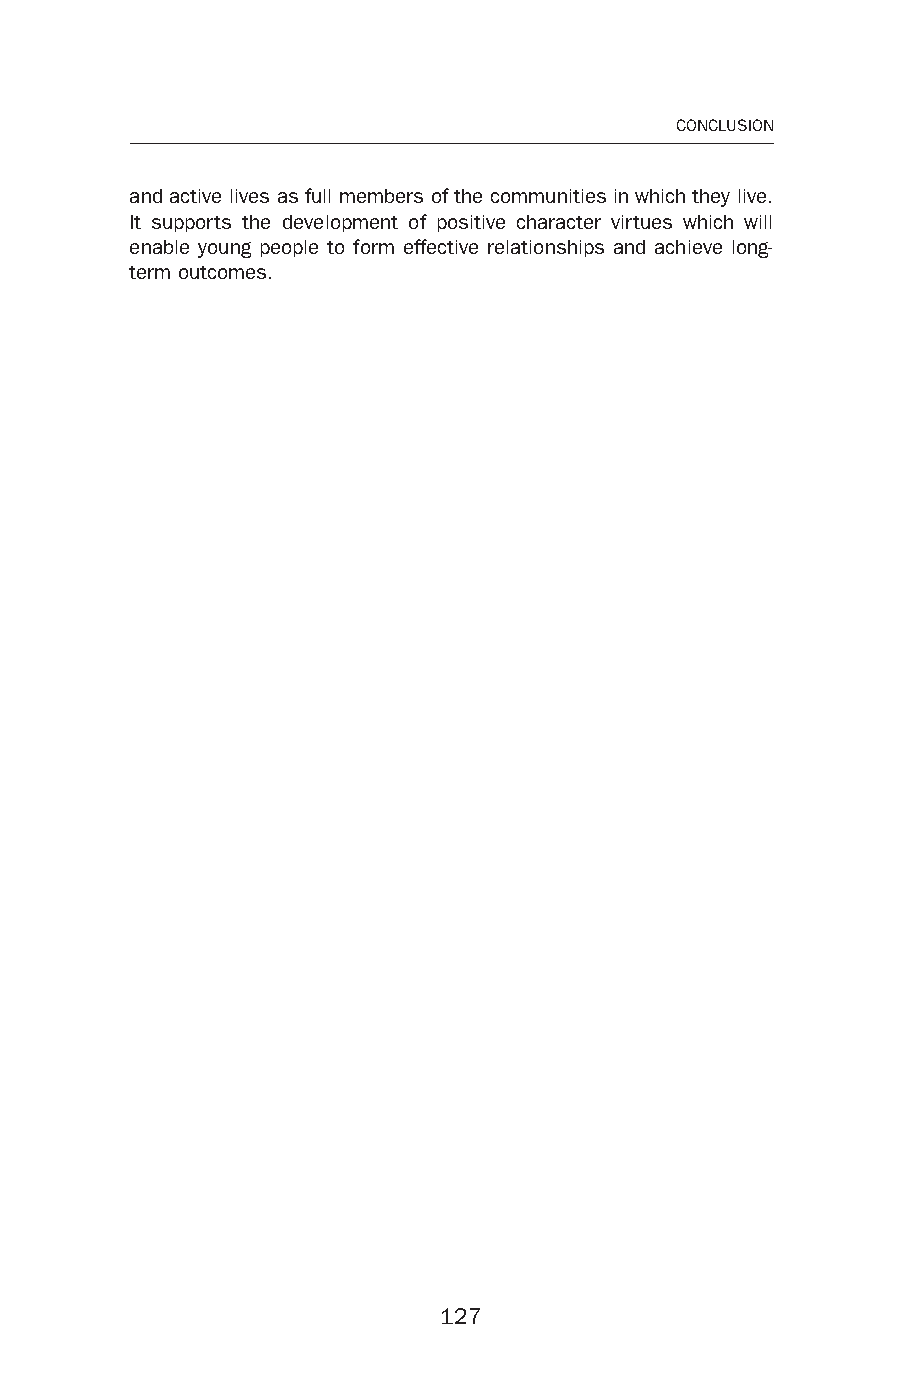
127
 CONCLUSION
 and active lives as full members of the communities in which they live.
 It supports the development of positive character virtues which will
 enable young people to form effective relationships and achieve long-
 term outcomes.
 112277
 99778811991133006633665588__ppii--113300..iinndddd 112277 0044--MMaarr--2200 2200::3300::2211